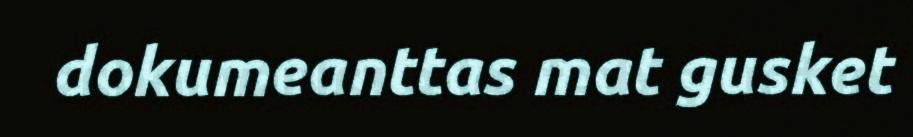
dokumeanttas mat gusket